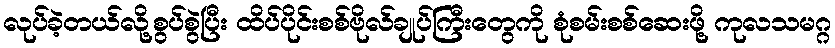
လုပ်ခဲ့တယ်လို့စွပ်စွဲပြီး ထိပ်ပိုင်းစစ်ဗိုလ်ချုပ်ကြီးတွေကို စုံစမ်းစစ်ဆေးဖို့ ကုလသမဂ္ဂ